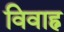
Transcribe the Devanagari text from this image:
विवाह्